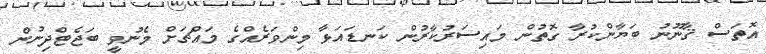
އޮތަސް ޤާނޫނު ބަޔާންކުރާ ގޮތުން މައިސަރުކާރުން ކަނޑައަޅާ މިންވަރެއްގެ މައްޗަށް މެނުވީ ބަޖެޓްދިނުން